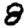
Digit: 8